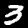
Label: 3